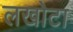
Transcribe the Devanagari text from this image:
लखोटा